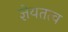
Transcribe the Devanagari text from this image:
ज्ञेयतत्व